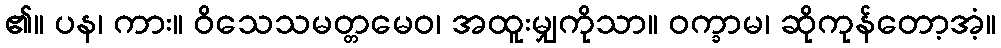
၏။ ပန၊ ကား။ ဝိသေသမတ္တမေဝ၊ အထူးမျှကိုသာ။ ဝက္ခာမ၊ ဆိုကုန်တော့အံ့။